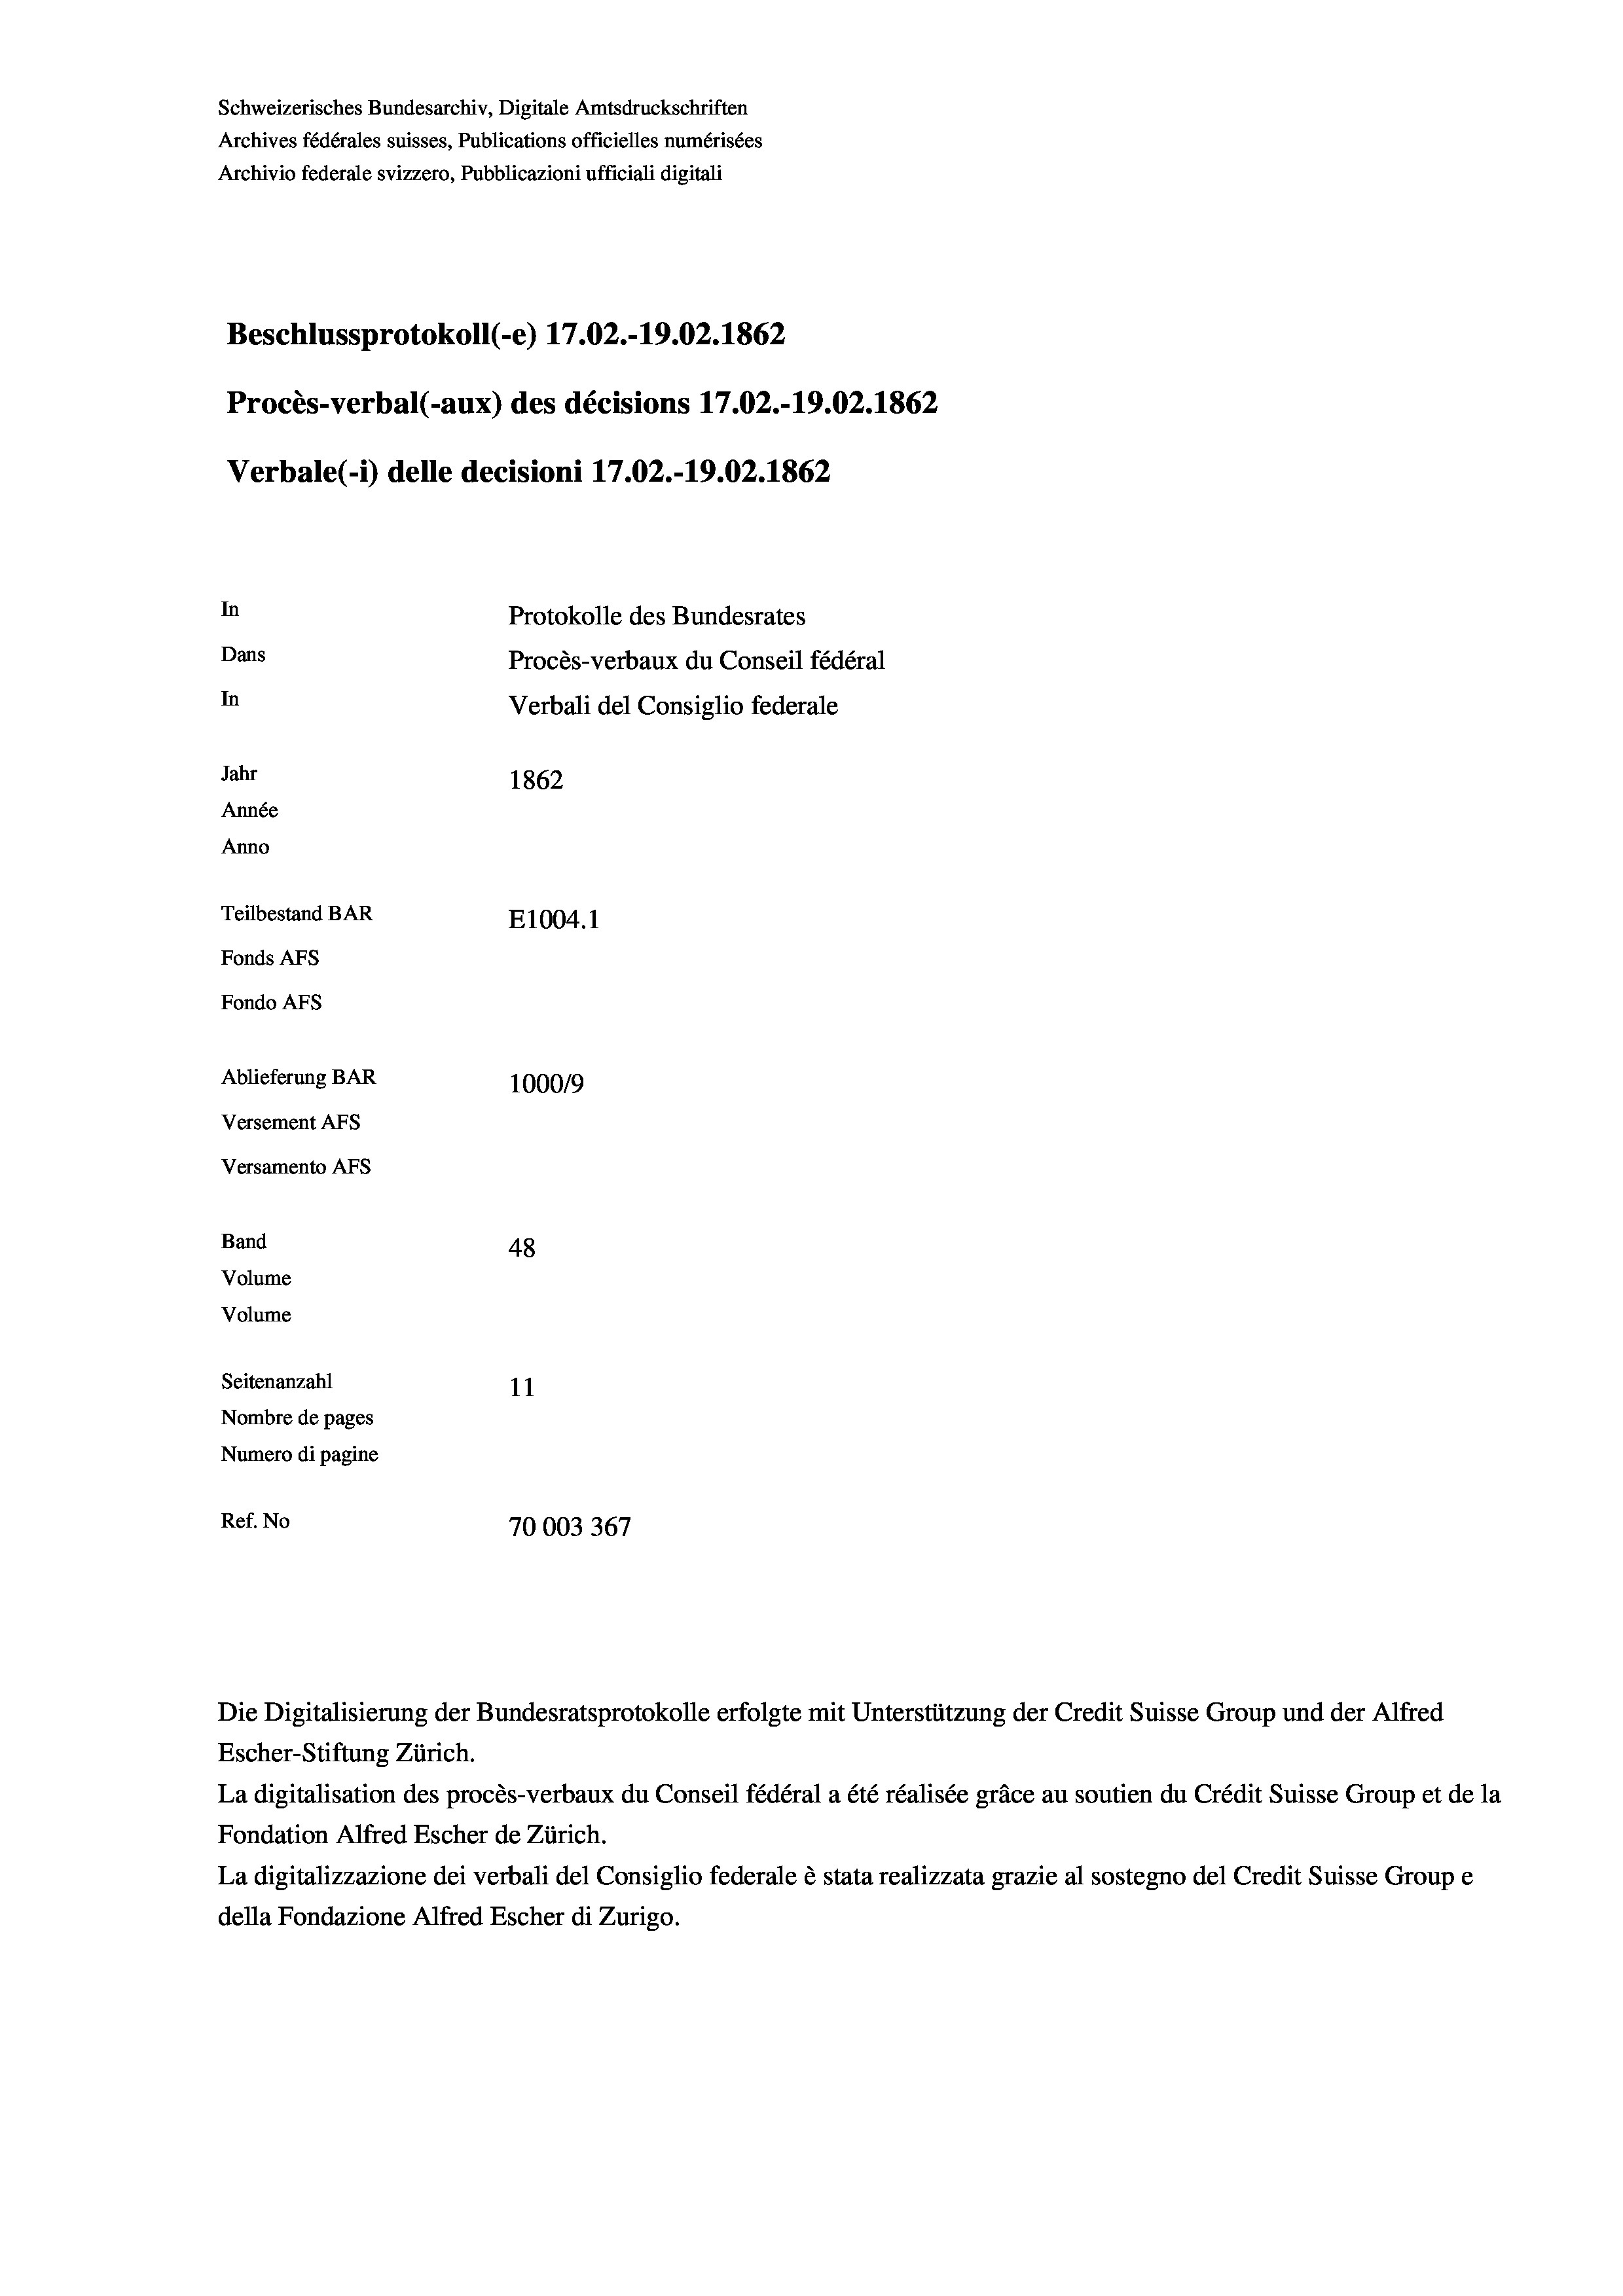
Schweizerisches Bundesarchiv, Digitale Amtsdruckschriften
Archives fédérales suisses, Publications officielles numérisées
Beschlussprotokoll (-e) 17.02.-19.02. 1862
Procès-verbal (-aux) des décisions 17.02.-19.02. 1862
Verbale(-*) delle decisioni 17.02.-19.02. 1862
In
Protokolle des Bundesrates
Dans
Procès-verbaux du Conseil fédéral
In
Verbali del Consiglio federale
Jahr
1862
Année
Anno
Teilbestand BAR
E1004. 1
Fonds AFs
Fondo Afs
Ablieferung BAR
100019
Versement Ans
Versamento Afs

48
Seitenanzahl
11
Nombre de pages
Numero di pagine
Ref. No
70003367

Band
Volume
Volume

Archivio federale svizzero, Pubblicazioni ufficiali digitali

Escher-Stiftung Zürich.
La digitalisation des procès-verbaux du Conseil fédéral a été réalisée gräce au soutien du Crédit Suisse Group et de la
Fondation Alfred Escher de Zürich.
La digitalizzazione dei verbali del Consiglio federale è stata realizzata grazie al sostegno del Credit Suisse Groupe
della Fondazione Alfred Escher di Zurigo.

Die Digitalisierung der Bundesratsprotokolle erfolgte mit Unterstützung der Credit Suisse Group und der Alfred